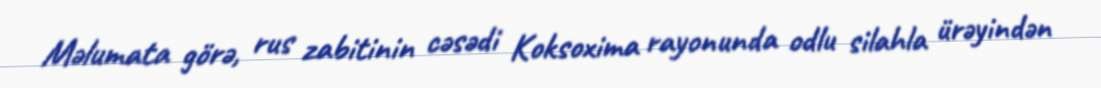
Məlumata görə, rus zabitinin cəsədi Koksoxima rayonunda odlu silahla ürəyindən